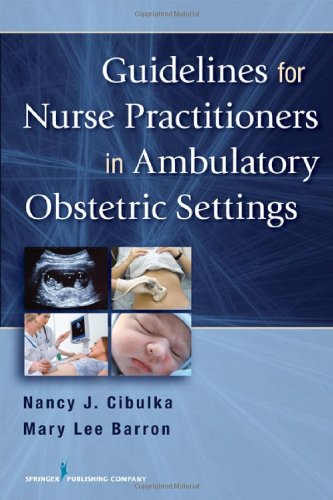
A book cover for Guidelines for Nurse Practitioners in Ambulatory Obstetric Settings; Nancy J. Cibulka PhD  WHNP  BC  FNP; Medical Books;